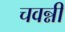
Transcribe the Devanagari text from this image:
चवन्नी